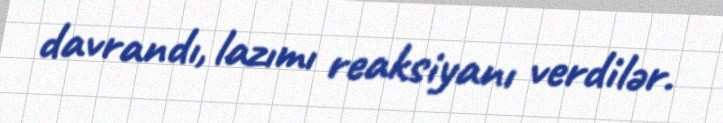
davrandı, lazımı reaksiyanı verdilər.